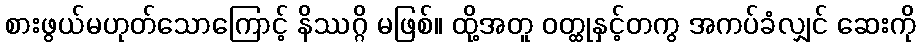
စားဖွယ်မဟုတ်သောကြောင့် နိဿဂ္ဂိ မဖြစ်။ ထို့အတူ ဝတ္ထုနှင့်တကွ အကပ်ခံလျှင် ဆေးကို